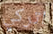
اتركي